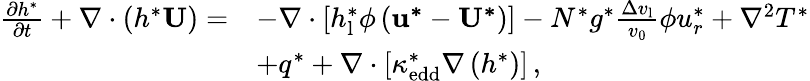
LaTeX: \begin{array}{rl}{\frac{\partial h^{*}}{\partial t}+\nabla\cdot\left(h^{*}\mathbf{U}\right)=}&{-\nabla\cdot\left[h_{\mathrm{l}}^{*}\phi\left(\mathbf{u^{*}}-\mathbf{U^{*}}\right)\right]-N^{*}g^{*}\frac{\Delta v_{\mathrm{l}}}{v_{\mathrm{0}}}\phi{u_{r}^{*}}+\nabla^{2}T^{*}}\\ &{+q^{*}+\nabla\cdot\left[\kappa_{\mathrm{edd}}^{*}\nabla\left(h^{*}\right)\right]\, ,}\end{array}